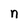
Character: n